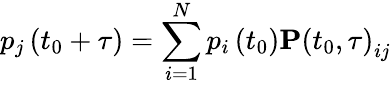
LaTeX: p_{j}\left(t_{0}+\tau\right)=\sum_{i=1}^{N}p_{i}\left(t_{0}\right)\mathbf{P}\left(t_{0},\tau\right)_{ij}